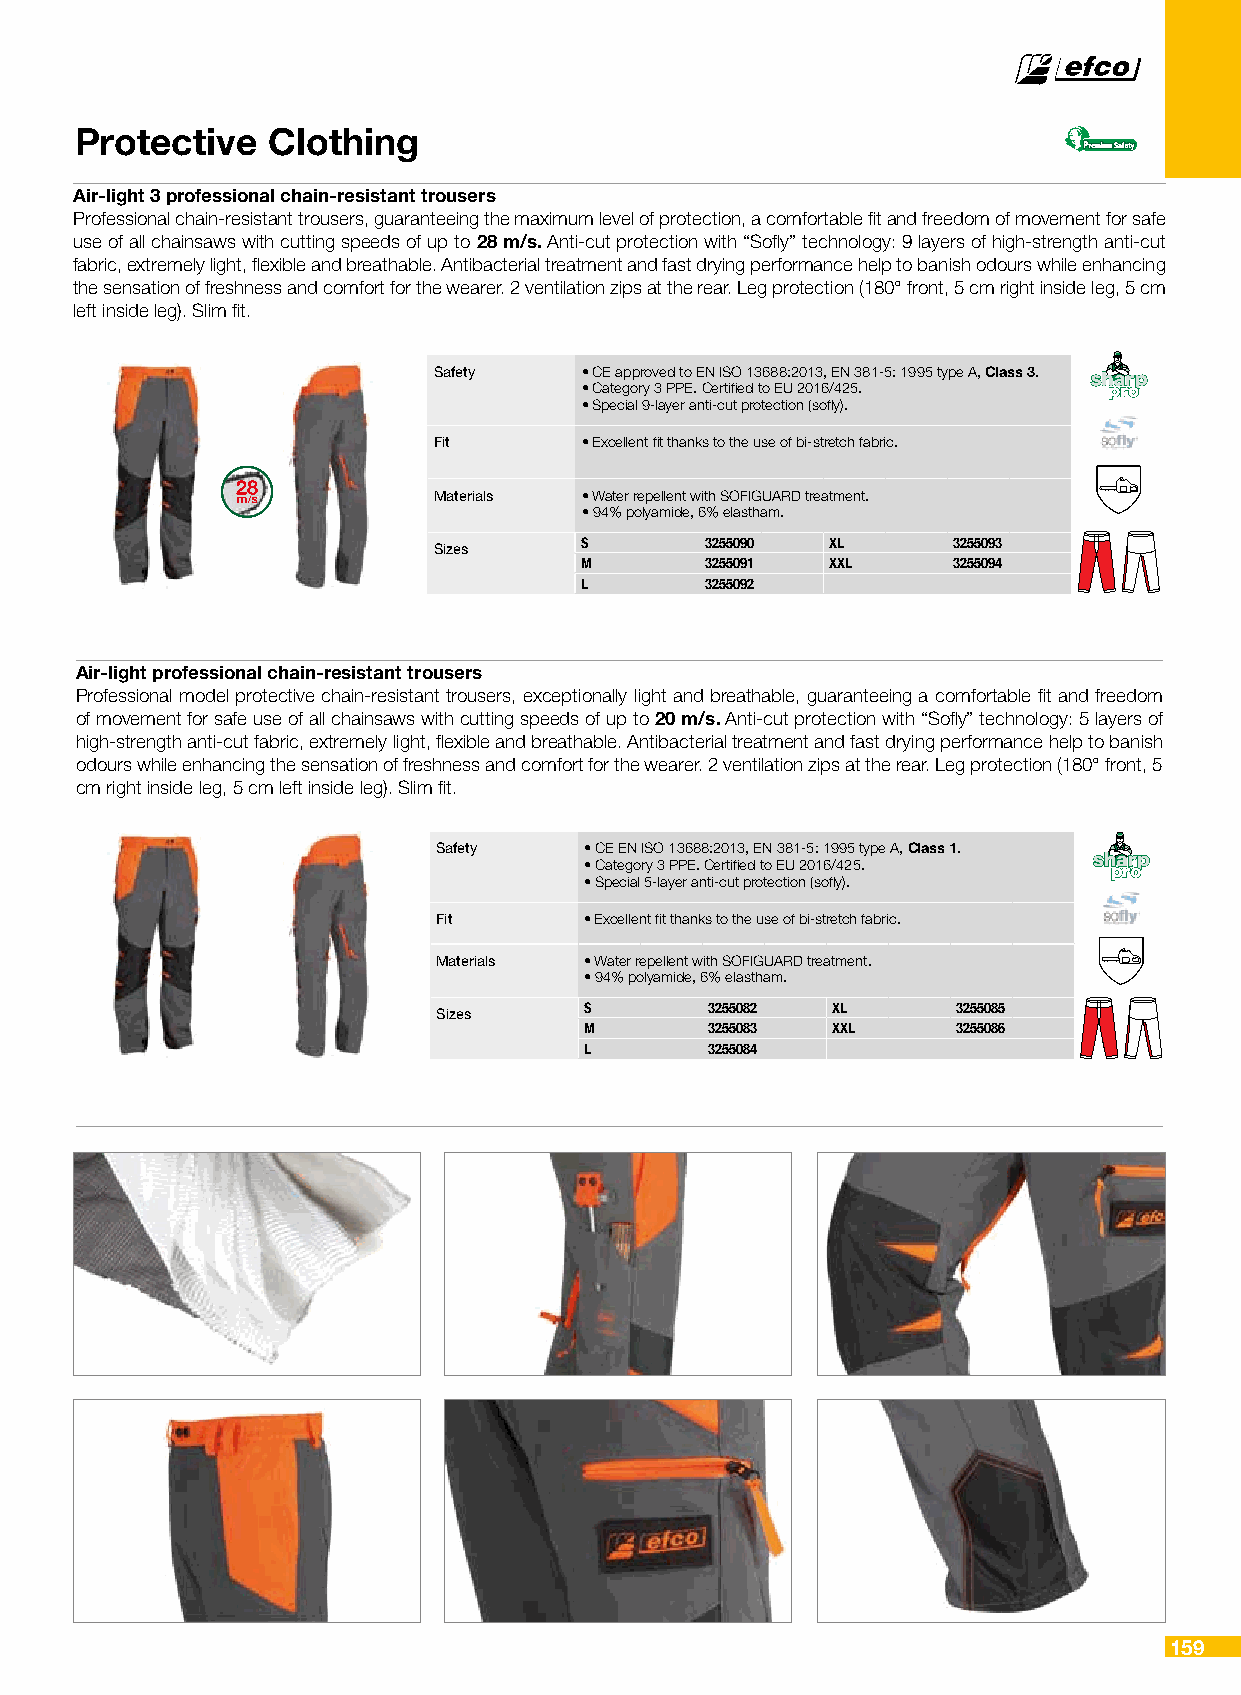
Protective   Clothing
 VVeerrddee scchuiaroro c c9100 -0 m - 0m -0 y -8 y59 -5 k -5 k00
 Air-light 3 professional chain-resistant trousers
 Professional chain-resistant trousers, guaranteeing the maximum level of protection, a comfortable fit and freedom of movement for safe
 use of all chainsaws with cutting speeds of up to 28 m/s. Anti-cut protection with “Sofly” technology: 9 layers of high-strength anti-cut
 fabric, extremely light, flexible and breathable. Antibacterial treatment and fast drying performance help to banish odours while enhancing
 the sensation of freshness and comfort for the wearer. 2 ventilation zips at the rear. Leg protection (180° front, 5 cm right inside leg, 5 cm
 left inside leg). Slim fit.
 Safety   • CE approved to EN ISO 13688:2013, EN 381-5: 1995 type A, Class 3.
 • Category 3 PPE. Certified to EU 2016/425.
 • Special 9-layer anti-cut protection (sofly).
 Fit      • Excellent fit thanks to the use of bi-stretch fabric.
 Materials • Water repellent with SOFIGUARD treatment.
 • 94% polyamide, 6% elastham.
 Sizes    S        3255090 XL      3255093
 M        3255091 XXL     3255094
 L        3255092
 Air-light professional chain-resistant trousers
 Professional model protective chain-resistant trousers, exceptionally light and breathable, guaranteeing a comfortable fit and freedom
 of movement for safe use of all chainsaws with cutting speeds of up to 20 m/s. Anti-cut protection with “Sofly” technology: 5 layers of
 high-strength anti-cut fabric, extremely light, flexible and breathable. Antibacterial treatment and fast drying performance help to banish
 odours while enhancing the sensation of freshness and comfort for the wearer. 2 ventilation zips at the rear. Leg protection (180° front, 5
 cm right inside leg, 5 cm left inside leg). Slim fit.
 Safety    • CE EN ISO 13688:2013, EN 381-5: 1995 type A, Class 1.
 • Category 3 PPE. Certified to EU 2016/425.
 • Special 5-layer anti-cut protection (sofly).
 Fit       • Excellent fit thanks to the use of bi-stretch fabric.
 Materials • Water repellent with SOFIGUARD treatment.
 • 94% polyamide, 6% elastham.
 Sizes     S       3255082 XL      3255085
 M       3255083 XXL     3255086
 L       3255084
 159